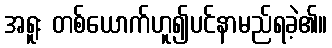
အရူး တစ်ယောက်ဟူ၍ပင်နာမည်ရခဲ့၏။